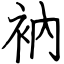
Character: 衲